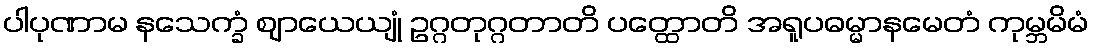
ပါပုဏာမ နသေက္ခံ ဈာယေယျုံ ဥဂ္ဂတုဂ္ဂတာတိ ပတ္ထောတိ အရူပဓမ္မာနမေတံ ကုမ္ဘမိမံ